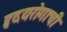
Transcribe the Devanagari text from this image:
हृदयरोगाची